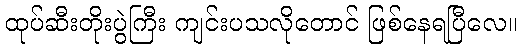
ထုပ်ဆီးတိုးပွဲကြီး ကျင်းပသလိုတောင် ဖြစ်နေရပြီလေ။